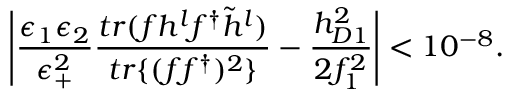
\left| \frac { \epsilon _ { 1 } \epsilon _ { 2 } } { \epsilon _ { + } ^ { 2 } } \frac { t r ( f h ^ { l } f ^ { \dag } \tilde { h } ^ { l } ) } { t r \{ ( f f ^ { \dag } ) ^ { 2 } \} } - \frac { h _ { D 1 } ^ { 2 } } { 2 f _ { 1 } ^ { 2 } } \right| < 1 0 ^ { - 8 } .